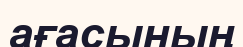
ағасының